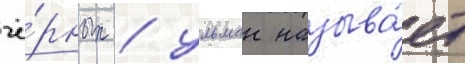
чё́рных / ульман называ́ет